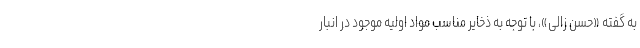
به گفته «حسن زالی»، با توجه به ذخایر مناسب مواد اولیه موجود در انبار